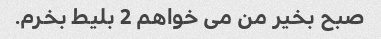
صبح بخیر من می خواهم 2 بلیط بخرم.